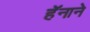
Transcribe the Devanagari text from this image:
हॅनाने